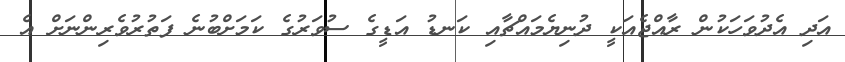
އަދި އެދުވަހަކުން ރާއްޖެއަކީ ދުނިޔެމައްޗާއި ކަނޑު އަޑީގެ ސުވަރުގެ ކަމަށްބުނެ ފަތުރުވެރިންނަށް އެ